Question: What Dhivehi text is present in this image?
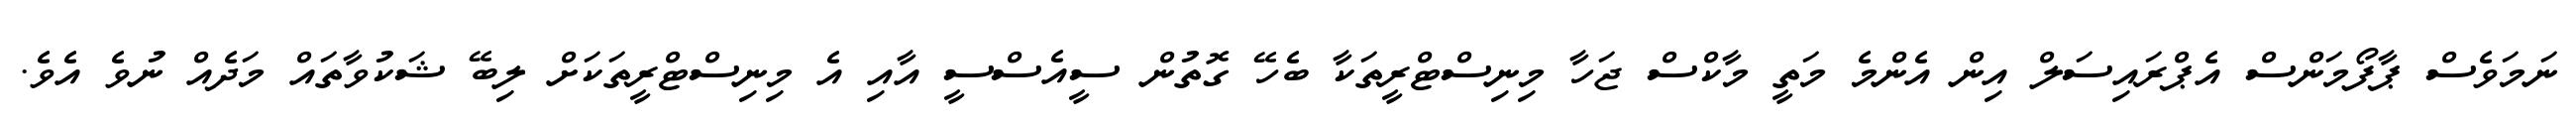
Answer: ނަމަވެސް ޕާފޯމަންސް އެޕްރައިސަލް އިން އެންމެ މަތީ މާކްސް ޖަހާ މިނިސްޓްރީތަކާ ބެހޭ ގޮތުން ސީއެސްސީ އާއި އެ މިނިސްޓްރީތަކަށް ލިބޭ ޝަކުވާތައް މަދެއް ނުވެ އެވެ.